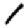
Digit: 1